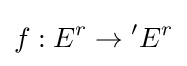
f:E^{r}\to {}^{\prime }E^{r}